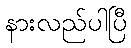
နားလည်ပါပြီ